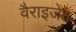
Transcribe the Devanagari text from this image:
वैराइजेट